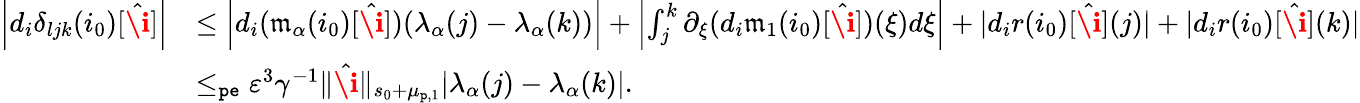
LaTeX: \begin{array}{rl}{\left|d_{i}\delta_{ljk}(i_{0})[\hat{\textbf{\i}}]\right|}&{\le\left|d_{i}(\mathfrak{m}_{\alpha}(i_{0})[\hat{\textbf{\i}}])(\lambda_{\alpha}(j)-\lambda_{\alpha}(k))\right|+\left|\int_{j}^{k}\partial_{\xi}(d_{i}\mathfrak{m}_{1}(i_{0})[\hat{\textbf{\i}}])(\xi)d\xi\right|+|d_{i}r(i_{0})[\hat{\textbf{\i}}](j)|+|d_{i}r(i_{0})[\hat{\textbf{\i}}](k)|}\\ &{\le_{\mathtt{pe}}\varepsilon^{3}\gamma^{-1}\rVert\hat{\textbf{\i}}\rVert_{s_{0}+\mu_{\mathtt{p},1}}|\lambda_{\alpha}(j)-\lambda_{\alpha}(k)|.}\end{array}